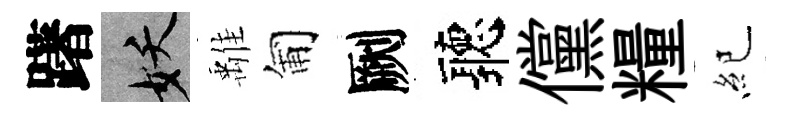
躇妖𩀌匍劂聽儻糧紀